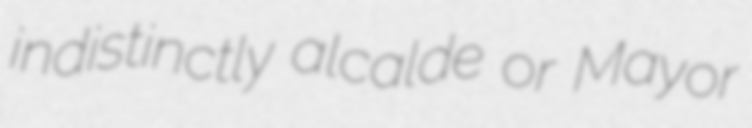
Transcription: indistinctly alcalde or Mayor